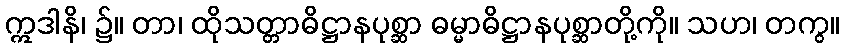
ဣဒါနိ၊ ၌။ တာ၊ ထိုသတ္တာဓိဋ္ဌာနပုစ္ဆာ ဓမ္မာဓိဋ္ဌာနပုစ္ဆာတို့ကို။ သဟ၊ တကွ။